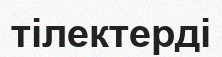
тілектерді